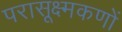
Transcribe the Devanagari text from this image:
परासूक्ष्मकणों